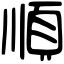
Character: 順